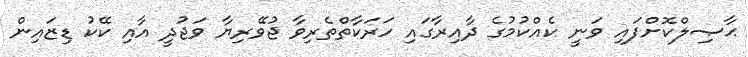
ޙާޞިލްކޮށްފައި ވަނީ ކެއްކުމުގެ ދާއިރާގައި ހަރަކާތްތެރިވާ ޖުވޭރިޔާ ވަޖުދީ އާއި ކޭކު ޑިޒައިން